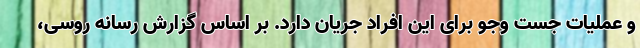
و عملیات جست وجو برای این افراد جریان دارد. بر اساس گزارش رسانه روسی،